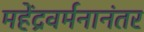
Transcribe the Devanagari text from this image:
महेंद्रवर्मनानंतर